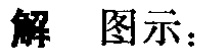
解 图示：